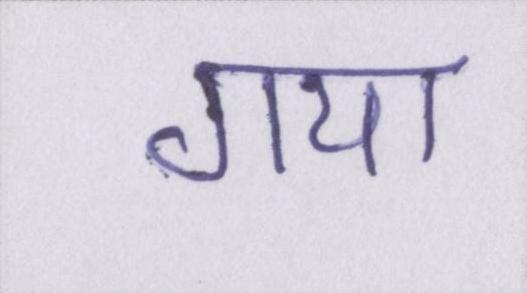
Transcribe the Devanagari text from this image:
गया